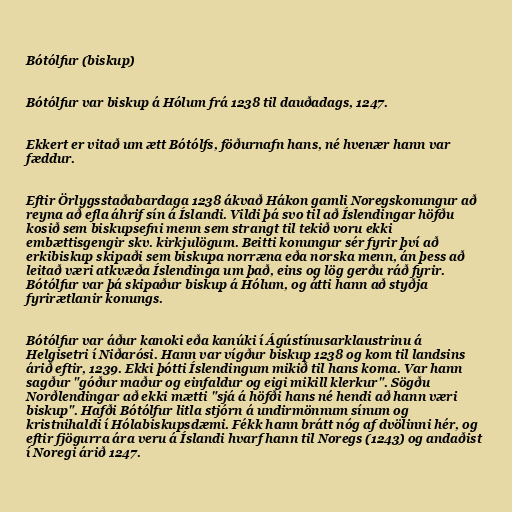
Bótólfur (biskup)

Bótólfur var biskup á Hólum frá 1238 til dauðadags, 1247.

Ekkert er vitað um ætt Bótólfs, föðurnafn hans, né hvenær hann var
fæddur.

Eftir Örlygsstaðabardaga 1238 ákvað Hákon gamli Noregskonungur að
reyna að efla áhrif sín á Íslandi. Vildi þá svo til að Íslendingar höfðu
kosið sem biskupsefni menn sem strangt til tekið voru ekki
embættisgengir skv. kirkjulögum. Beitti konungur sér fyrir því að
erkibiskup skipaði sem biskupa norræna eða norska menn, án þess að
leitað væri atkvæða Íslendinga um það, eins og lög gerðu ráð fyrir.
Bótólfur var þá skipaður biskup á Hólum, og átti hann að styðja
fyrirætlanir konungs.

Bótólfur var áður kanoki eða kanúki í Ágústínusarklaustrinu á
Helgisetri í Niðarósi. Hann var vígður biskup 1238 og kom til landsins
árið eftir, 1239. Ekki þótti Íslendingum mikið til hans koma. Var hann
sagður "góður maður og einfaldur og eigi mikill klerkur". Sögðu
Norðlendingar að ekki mætti "sjá á höfði hans né hendi að hann væri
biskup". Hafði Bótólfur litla stjórn á undirmönnum sínum og
kristnihaldi í Hólabiskupsdæmi. Fékk hann brátt nóg af dvölinni hér, og
eftir fjögurra ára veru á Íslandi hvarf hann til Noregs (1243) og andaðist
í Noregi árið 1247.